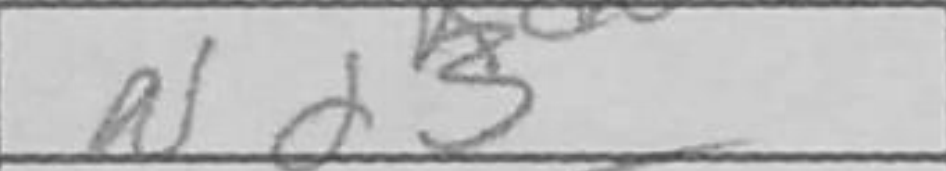
Transcription: Nd3